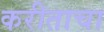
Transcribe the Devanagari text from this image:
करीताचा